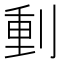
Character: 𠝤